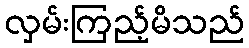
လှမ်းကြည့်မိသည်